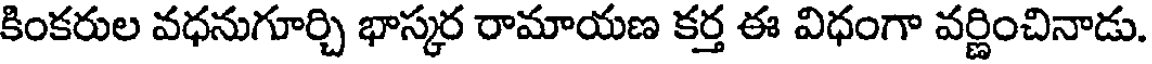
కింకరుల వధనుగూర్చి భాస్కర రామాయణ కర్త ఈ విధంగా వర్ణించినాడు.